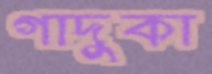
গাদুকা